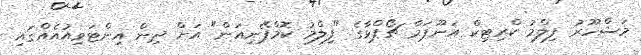
މަޝްހޫރު ފިލްމު ކްރިޓިކް އަނޫޕަމާ ޗޯޕްޅާގެ "ފިލްމު ކޮމްޕޭނިއަން" އަށް ދިން އިންޓަވިއުއެއްގައި